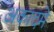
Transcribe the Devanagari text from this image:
अकादमे